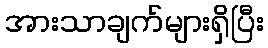
အားသာချက်များရှိပြီး